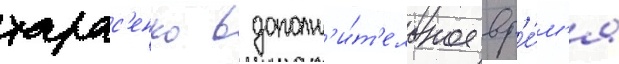
тарас'енко в дополн'и́т'ельное вр'е́м'я